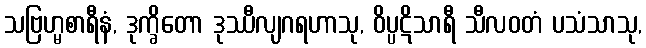
သဗြဟ္မစာရီနံ, ဒုက္ခိတော ဒုဿီလျဂရဟာသု, ဝိပ္ပဋိသာရီ သီလဝတံ ပသံသာသု,